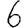
Digit: 6